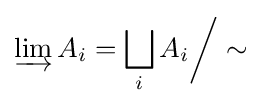
\varinjlim A_{i}=\bigsqcup _{i}A_{i}{\bigg /}\sim